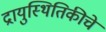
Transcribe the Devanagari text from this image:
द्रायुस्थितिकीचे